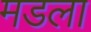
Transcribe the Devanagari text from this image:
मडला